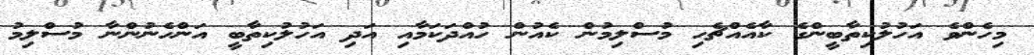
މިހެންވެ އަހުލުކިތާބީންގެ ކާއެއްޗެހި މުސްލިމުން ކެއުން ހުއްދަކަމާއި އަދި އަހުލުކިތާބީ އަންހެނުންނާ މުސްލިމު